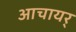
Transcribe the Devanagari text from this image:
आचायर्